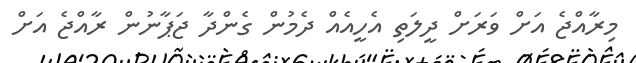
މިރާއްޖެ އަށް ވަރަށް ދީލަތި އެހީއެއް ދެމުން ގެންދާ ޖަޕާނުން ރާއްޖެ އަށް